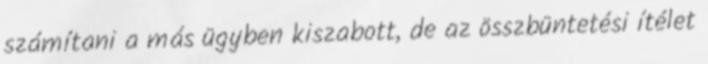
számítani a más ügyben kiszabott, de az összbüntetési ítélet